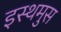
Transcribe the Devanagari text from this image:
इस्थमुस